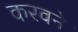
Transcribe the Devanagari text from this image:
करवने